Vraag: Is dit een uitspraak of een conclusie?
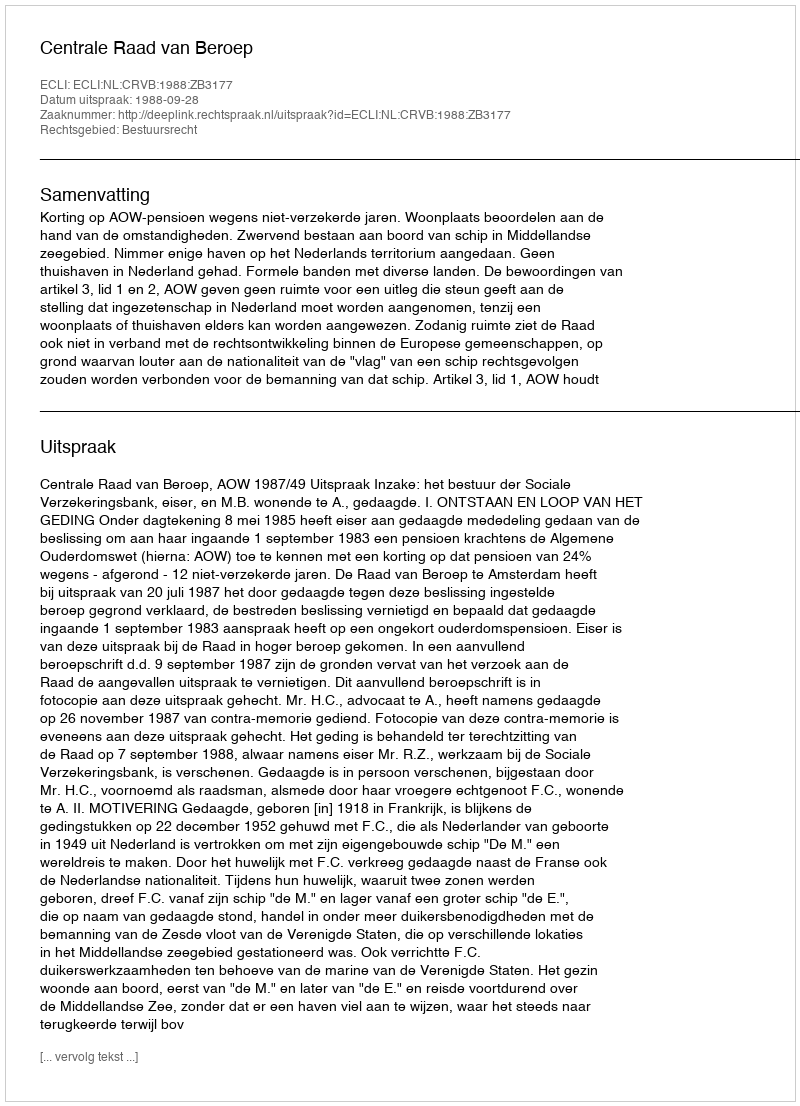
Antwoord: Uitspraak